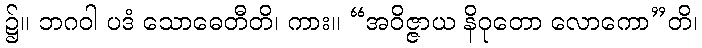
၌။ ဘဂဝါ ပဒံ သောဓေတီတိ၊ ကား။ “အဝိဇ္ဇာယ နိဝုတော လောကော”တိ၊